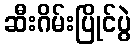
ဆီးဂိမ်းပြိုင်ပွဲ